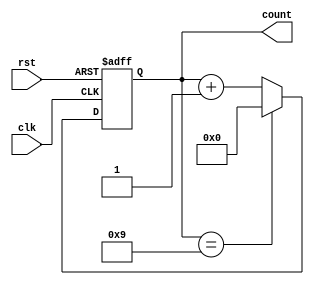
module ModulusCounter (
  input wire clk,  // Clock signal
  input wire rst,  // Reset signal
  output reg [3:0] count  // Output signal indicating the current count value
);

parameter MODULUS = 10;  // Specified modulus value

always @(posedge clk or posedge rst) begin
  if (rst) begin
    count <= 4'b0;  // Reset the counter to zero
  end else begin
    if (count == MODULUS - 1) begin
      count <= 4'b0;  // Reset the counter back to zero
    end else begin
      count <= count + 1;  // Increment the counter by one
    end
  end
end

endmodule